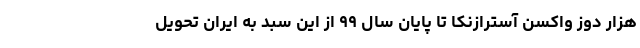
هزار دوز واکسن آسترازنکا تا پایان سال ۹۹ از این سبد به ایران تحویل